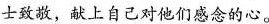
士致敬，献上自己对他们感念的心。